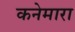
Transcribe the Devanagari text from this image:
कनेमारा